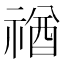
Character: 禉